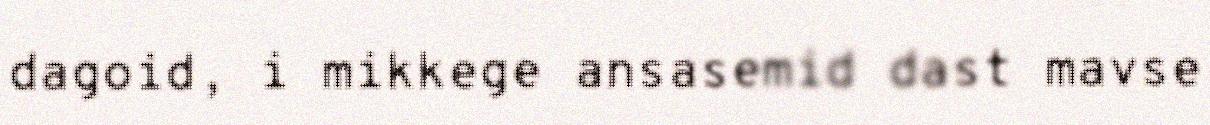
dagoid, i mikkege ansasemid dast mavse